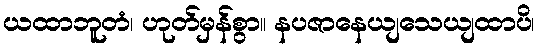
ယထာဘူတံ၊ ဟုတ်မှန်စွာ။ နပဇာနေယျသေယျထာပိ၊